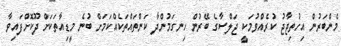
މެންބަރުން އިހުތިޖާޖު ކުރެއްވުމަކީ ޖަލްސާގެ ބޭރުން ހިނގަމުންދާ ކަންތައްތަކެއްކަމަށް ބުނެ މީޑިއާތަކަށް ދޫކޮށްފައިވާ